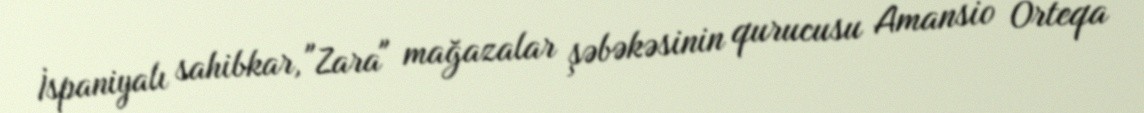
İspaniyalı sahibkar, "Zara" mağazalar şəbəkəsinin qurucusu Amansio Orteqa